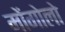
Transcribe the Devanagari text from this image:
मोंगोलो